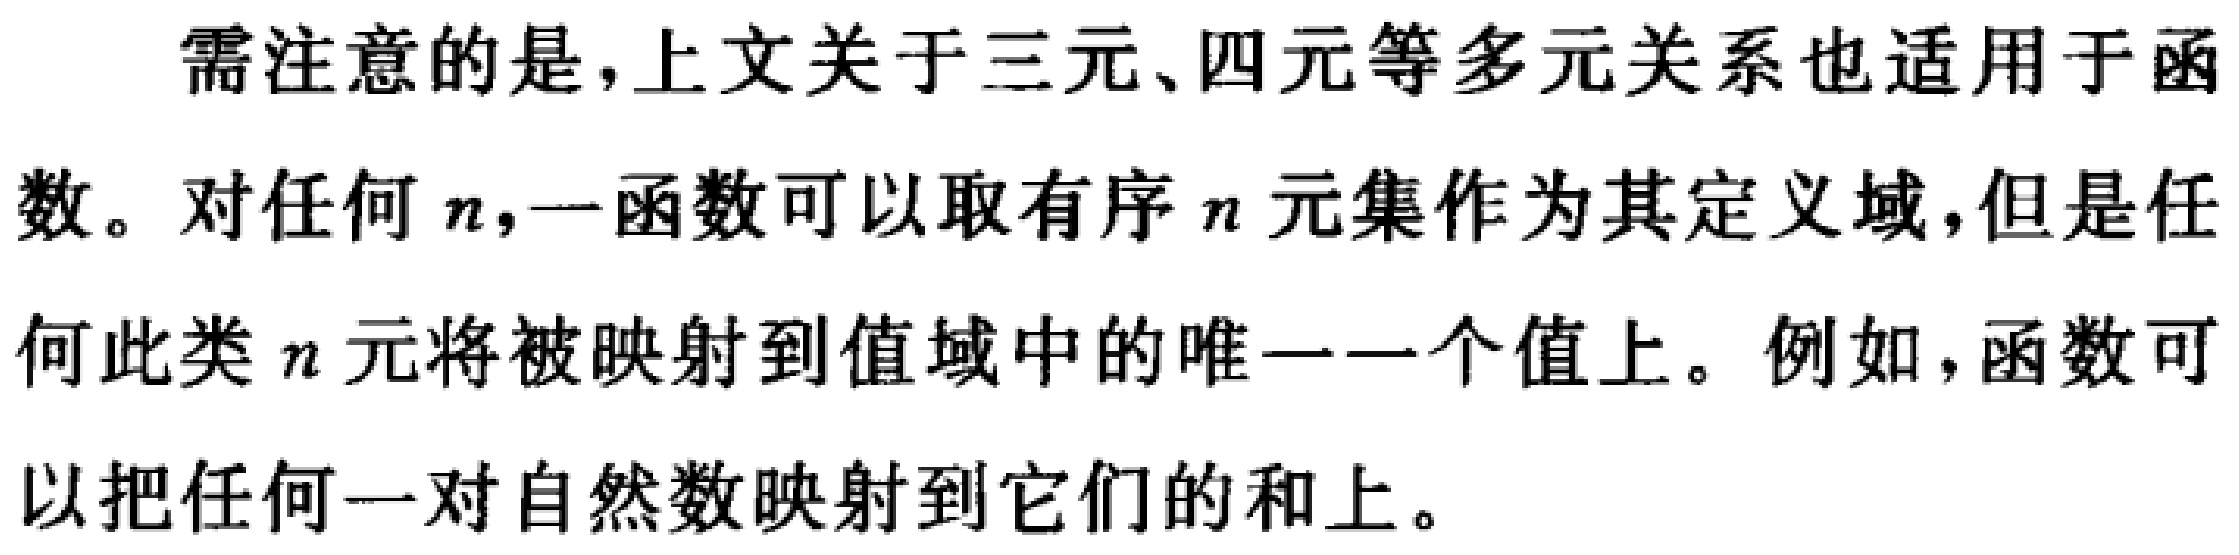
需注意的是,上文关于三元、四元等多元关系也适用于函数。对任何\(n\),一函数可以取有序\(n\)元集作为其定义域,但是任何此类\(n\)元将被映射到值域中的唯一一个值上。例如,函数可以把任何一对自然数映射到它们的和上。